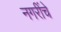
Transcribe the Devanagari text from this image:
नगरींचे